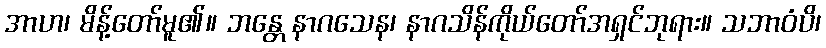
အာဟ၊ မိန့်တော်မူ၏။ ဘန္တေ နာဂသေန၊ နာဂသိန်ကိုယ်တော်အရှင်ဘုရား။ သဘာဝံပိ၊